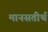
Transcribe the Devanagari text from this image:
मानसतीर्थ